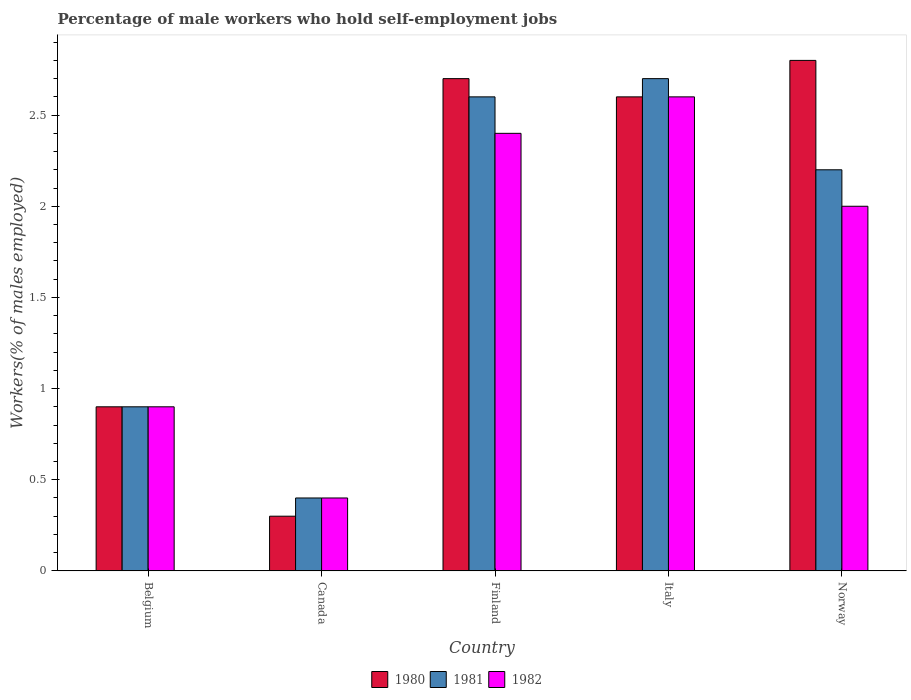
| Country | 1980 | 1981 | 1982 |
 | --- | --- | --- | --- |
 | Belgium | 0.9 | 0.9 | 0.9 |
 | Canada | 0.3 | 0.4 | 0.4 |
 | Finland | 2.7 | 2.6 | 2.4 |
 | Italy | 2.6 | 2.7 | 2.6 |
 | Norway | 2.8 | 2.2 | 2 |